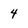
Character: 4